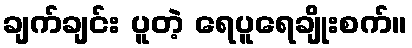
ချက်ချင်း ပူတဲ့ ရေပူရေချိုးစက်။